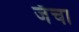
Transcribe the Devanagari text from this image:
जॅचा